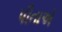
પીતાએ